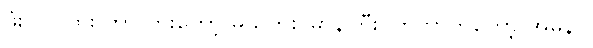
ဖုံးတာလား ဘာလားတော့ မသိဘူး၊ မာနကြီး ကြတာကတော့ အမှန်ပဲ